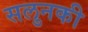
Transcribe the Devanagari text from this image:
सलुनकी